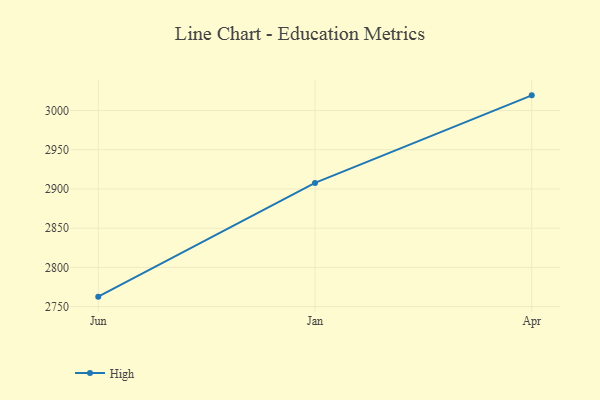
{"axis": {"x": "Month", "y": "Demand Index"}, "legend": ["High"], "data": [{"x": "Jun", "y": 2762.7, "type": "High"}, {"x": "Jan", "y": 2907.7, "type": "High"}, {"x": "Apr", "y": 3019.4, "type": "High"}]}